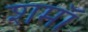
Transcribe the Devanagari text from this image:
शमॉ